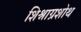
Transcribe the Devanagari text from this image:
शिश्नाग्रशोथ